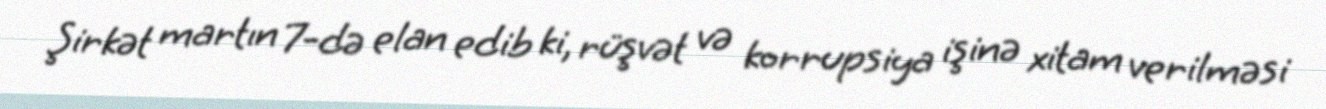
Şirkət martın 7-də elan edib ki, rüşvət və korrupsiya işinə xitam verilməsi